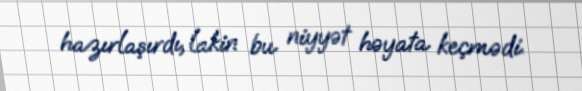
hazırlaşırdı, lakin bu niyyət həyata keçmədi.